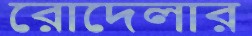
রোদেলার